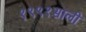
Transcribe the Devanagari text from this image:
१९९१साली